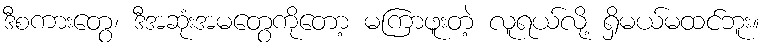
ဒီစကားတွေ၊ ဒီအဆုံးအမတွေကိုတော့ မကြာဖူးတဲ့ လူရယ်လို့ ရှိမယ်မထင်ဘူး။